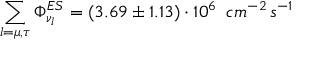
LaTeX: \sum _ { l = \mu , \tau } \Phi _ { \nu _ { l } } ^ { E S } = ( 3 . 6 9 \pm 1 . 1 3 ) \cdot 1 0 ^ { 6 } \, ~ c m ^ { - 2 } \, s ^ { - 1 }